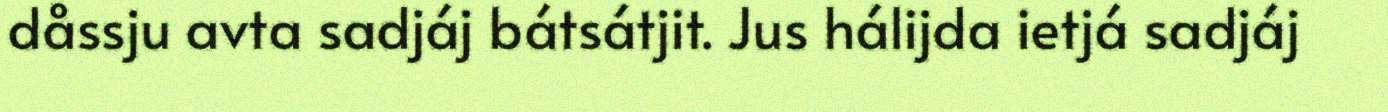
dåssju avta sadjáj bátsátjit. Jus hálijda ietjá sadjáj